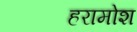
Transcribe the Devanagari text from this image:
हरामोश